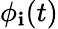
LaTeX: \phi_{\mathbf{i}}(t)